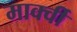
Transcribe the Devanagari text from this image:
मार्क्वी